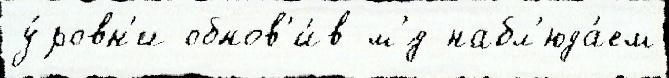
у́ровн'и обнов'и́в м'́д набл'юда́ем